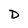
Character: D